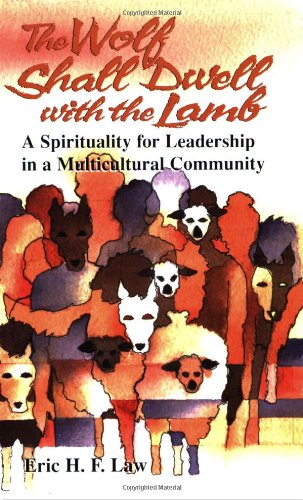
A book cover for The Wolf Shall Dwell with the Lamb; Rev. Eric Law; Religion & Spirituality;